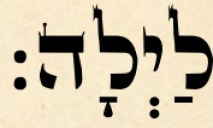
לַיְלָה: